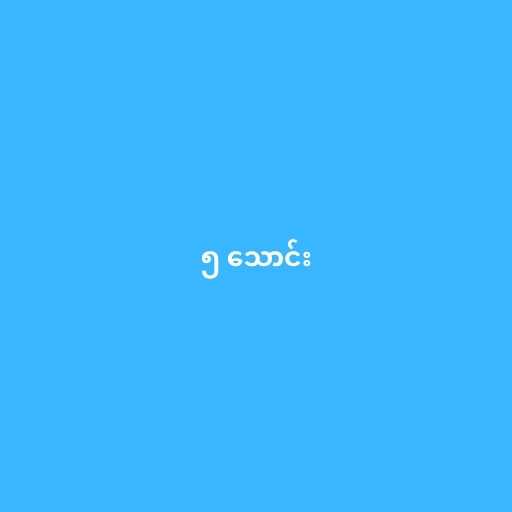
၅ သောင်း